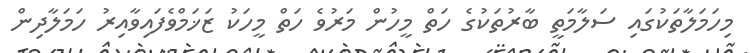
މިހަމަލާތަކުގައި ސަލާމަތީ ބާރުތަކުގެ ހަތް މީހުން މަރުވެ ހަތް މީހަކު ޒަޚަމްވެފައިވާއިރު ހަމަލާދިން